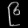
Digit: ၉